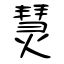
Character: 熭